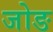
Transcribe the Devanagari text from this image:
जोङ